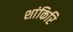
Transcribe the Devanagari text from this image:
शांकिरि